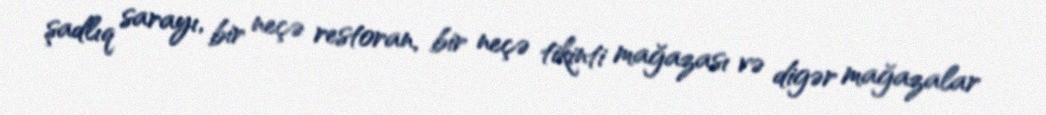
şadlıq sarayı, bir neçə restoran, bir neçə tikinti mağazası və digər mağazalar